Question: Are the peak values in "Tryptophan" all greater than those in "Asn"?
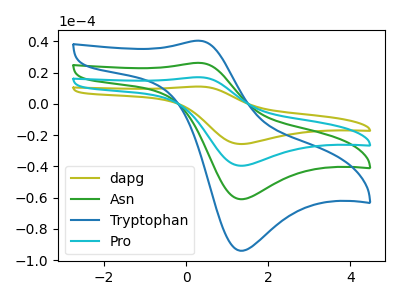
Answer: <think>The olive curve "dapg" has an anodic peak at (0.35V, 78.50uA) and a cathodic peak at (1.35V, -182.90uA). The green curve "Asn" has an anodic peak at (0.35V, 26.15uA) and a cathodic peak at (1.35V, -60.95uA). The blue curve "Tryptophan" has an anodic peak at (0.35V, 40.30uA) and a cathodic peak at (1.35V, -93.95uA). The cyan curve "Pro" has an anodic peak at (0.35V, 52.35uA) and a cathodic peak at (1.35V, -121.95uA).</think>
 <answer>Every peak in "Tryptophan" is higher than every peak in "Asn".</answer>
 <eval>higher</eval>